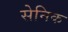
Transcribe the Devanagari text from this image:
सेनिक